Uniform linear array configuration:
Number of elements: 16
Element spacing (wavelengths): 0.75
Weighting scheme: kaiser
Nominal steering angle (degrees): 0
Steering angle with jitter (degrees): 0.9802
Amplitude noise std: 0.05
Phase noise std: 0.05

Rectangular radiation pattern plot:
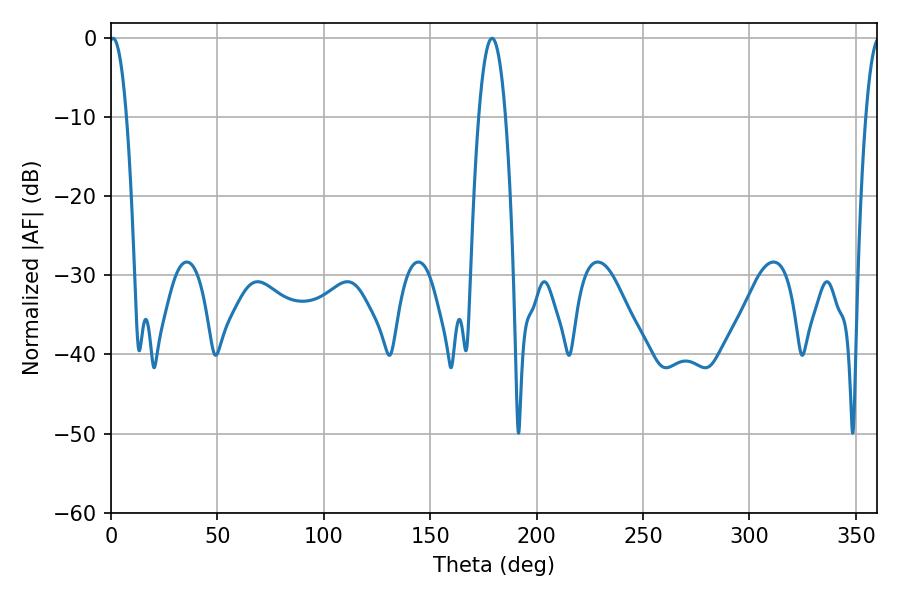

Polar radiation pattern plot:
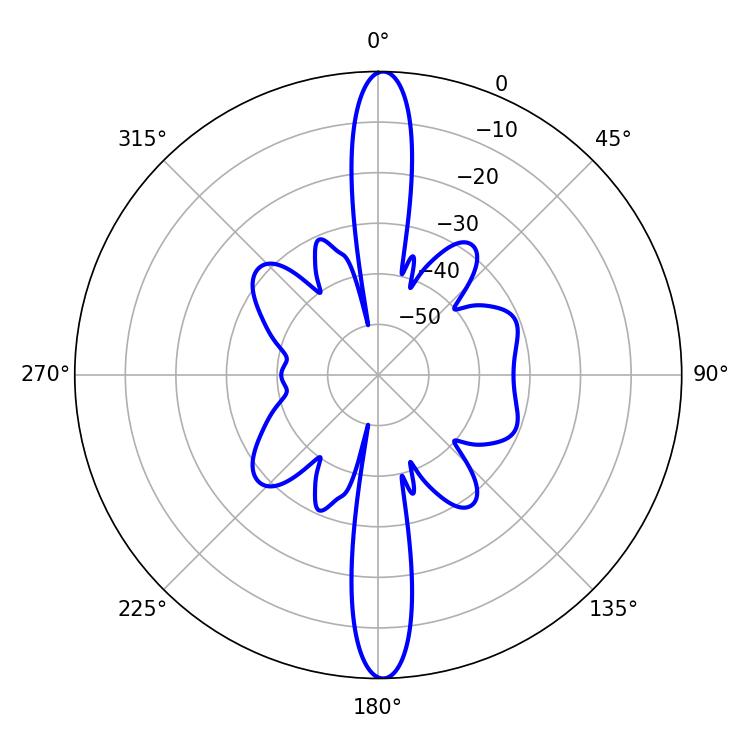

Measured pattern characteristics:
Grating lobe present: TRUE
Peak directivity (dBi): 26.418
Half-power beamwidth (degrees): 4.5
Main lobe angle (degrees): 0.9